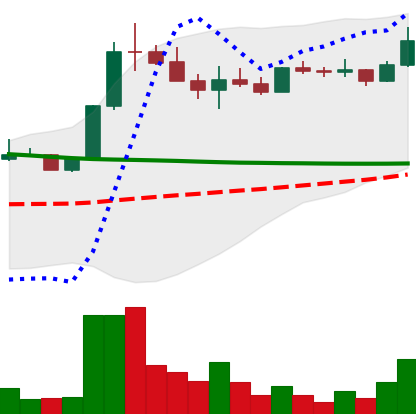
Ticker: ETC-USD
Chart end date: 2022-08-11
Forward return: -5.482%
Label: down_5_7